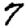
Digit: 7